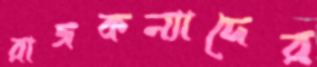
রাজকন্যাদের